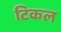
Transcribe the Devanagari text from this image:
टिकल